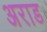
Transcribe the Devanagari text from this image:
अराड